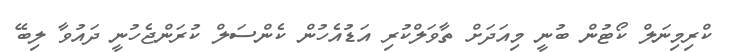
ކްރިމިނަލް ކޯޓުން ބުނީ މިއަދަށް ތާވަލްކުރި އަޑުއެހުން ކެންސަލް ކުރަންޖެހުނީ ދައުވާ ލިބޭ